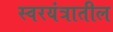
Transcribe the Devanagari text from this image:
स्वरयंत्रातील